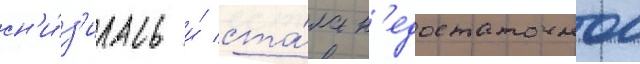
сн'и́з'илась и́ ста́ла н'едостаточнои